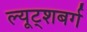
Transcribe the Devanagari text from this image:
ल्यूट्शबर्ग